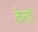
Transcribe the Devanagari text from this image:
वेतों